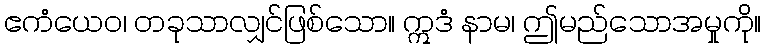
ဧကံယေဝ၊ တခုသာလျှင်ဖြစ်သော။ ဣဒံ နာမ၊ ဤမည်သောအမှုကို။